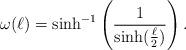
LaTeX: \begin{align*}\omega(\ell)=\sinh^{-1}\left(\frac{1}{\sinh(\frac{\ell}{2})}\right).\end{align*}